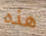
هذه